Vaccination in Bombay 1889-1901 - 1889-1901
Year: 1889
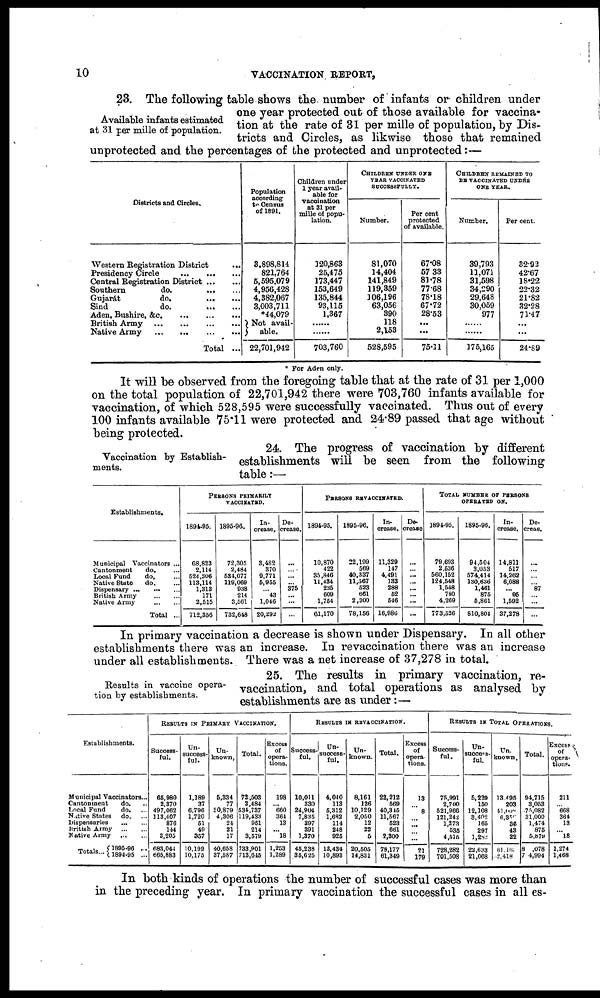
10
VACCINATION REPORT,
Available infants estimated
at 31 per mille of population.
23. The following table shows the. number of infants or children under
one year protected out of those available for vaccina-
tion at the rate of 31 per mille of population, by Dis-
tricts and Circles, as likwise those that remained
unprotected and the percentages of the protected and unprotected:—
Districts and Circles.
Western Registration District
...
Presidency Circle
...
...
...
Central Registration District
...
...
Southern
do. ... ...
Gujarát
do. ... ...
Sind
do.
...
...
Aden, Bushire, &c.
... ... ...
British Army
...
...
...
...
Native Army
...
...
...
...
Total ...
Population
according
to Census
of 1891.
3,898,814
821,764
5,595,079
4,956,428
4,382,067
3,003,711
*44,079
Not avail-
able.
22,701,942
Children under
1 year avail-
able for
vaccination
at 31 per
mille of popu-
lation.
120,863
25,475
173,447
153,649
135,844
93,115
1,367
......
......
703,760
CHILDREN UNDER ONE
YEAR VACCINATED
SUCCESSFULLY.
Number.
81,070
14,404
141,849
119,359
106,196
63,056
390
118
2,153
528,595
Percent
protected
of available.
67.08
57.33
81.78
77.68
78.18
67.72
28.53
...
...
75.11
CHILDREN REMAINED TO
BE VACCINATED UNDER
ONE YEAR.
Number.
39,793
11,071
31,598
34,290
29,648
30,059
977
......
......
175,165
Percent.
32.92
42.67
18.22
22.32
21.82
32.28
71.47
...
...
24.89
* For Aden only.
It will be observed from the foregoing table that at the rate of 31 per 1,000
on the total population of 22,701,942 there were 703,760 infants available for
vaccination, of which 528,595 were successfully vaccinated. Thus out of every
100 infants available 75.11 were protected and 24.89 passed that age without
being protected.
Vaccination by Establish-
ments.
24. The progress of vaccination by different
establishments will be seen from the following
table:—
Establishments.
Municipal Vaccinators ...
Cantonment
do. ...
Local Fund
do. ...
Native State
do. ...
Dispensary
...
...
...
British Army
...
...
Native Army
...
...
Total ...
PERSONS PRIMARILY
VACCINATED.
1894-95.
68,823
2,114
524,306
113,114
1,313
171
2515
712,356
1895-96.
72,305
2,484
534,077
119,069
938
214
3,561
732,648
In-
crease.
3,482
370
9,771
5,955
...
43
1,046
20,292
De-
crease.
...
...
...
...
375
...
...
...
PERSONS REVACCINATED.
1894-95.
10,870
422
35,846
11,434
235
609
1,754
61,170
1895-96.
22,199
569
40,337
11,567
523
661
2,300
78,156
In-
crease.
11,329
147
4,491
133
288
62
546
16,986
De-
crease
...
...
...
...
...
...
...
...
TOTAL NUMBER OF PERSONS
OPERATED ON.
1894-95.
79,693
2,536
560,152
124,548
1,548
780
4,269
773,526
1895-96.
94,504
3,053
574,414
130,636
1,461
875
5,861
810,804
In-
crease.
14,811
517
14,262
6,088
... 95
1,592
37,278
De-
creas.
...
....
...
...
87
...
...
...
In primary vaccination a decrease is shown under Dispensary. In all other
establishments there was an increase. In revaccination there was an increase
under all establishments. There was a net increase of 37,278 in total.
Results in vaccine opera-
tion by establishments.
25. The results in primary vaccination, re-
vaccination, and total operations as analysed by
establishments are as under:—
Establisments.
Municipal Vaccinators...
Cantonment
do. ...
Local Fund
do. ...
Native States
do. ...
Dispensaries
...
...
British Army
...
...
Native Army ... ...
Totals ... 1895-96...
1894-95...
RESULTS IN PRIMARY VACCINATION.
Success-
ful.
65,980
2,370
497,062
113,407
876
144
3,205
683,044
665,883
Un-
success-
ful.
1,189
37
6,796
1,720
51
49
357
10,199
10,175
Un-
known.
5,334
77
80,879
4,306
24
21
17
40,658
37,587
Total.
72,503
2,484
534,737
119,433
951
214
3,579
733,901
713,645
Excess
of
opera-
tions.
198
... 660
364
13
... 18
1,253
1,289
RESULTS IN REVACCINATION.
Success-
ful.
10,011
330
24,904
7,835
397
391
1,370
45,238
35,625
Un-
success-
ful.
4,040
113
5,312
1,682
114
248
925
12,434
10,893
Un-
known.
8,161
126
10,129
2,050
12
22
5
20,505
14,831
Total.
22,212
569
40,315
11,567
523
661
2,300
78,177
61,349
Excess
of
opera-
tions.
13
...
8
...
...
...
...
21
179
RESULTS IN TOTAL OPERATIONS.
Success-
ful.
75,991
2,700
521,966
121,242
1,273
535
4,575
728,282
701,508
Un-
success-
ful.
5,229
150
12,108
3,402
165
297
1,282
22,633
21,068
Un-
known.
13,495
203
41,000
6,350
36
43
22
61,160
2,418
Total.
94,715
3,053
75,082
31,000
1,474
876
6,879
8,078
74,994
Excess
of
opera-
tions.
211
... 668
364
13
... 18
1,274
1,468
In both kinds of operations the number of successful cases was more than
in the preceding year. In primary vaccination the successful cases in all es-